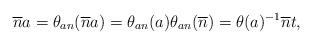
LaTeX: \begin{align*}\overline{n} a &= \theta_{an} (\overline{n} a )= \theta_{an} (a) \theta_{an} (\overline{n}) = \theta(a)^{-1} \overline{n}t ,\end{align*}